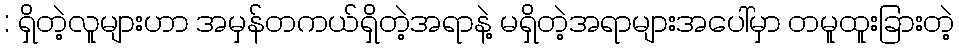
: ရှိတဲ့လူများဟာ အမှန်တကယ်ရှိတဲ့အရာနဲ့ မရှိတဲ့အရာများအပေါ်မှာ တမူထူးခြားတဲ့